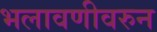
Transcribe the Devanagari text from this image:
भलावणीवरुन